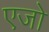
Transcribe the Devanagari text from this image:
एजो